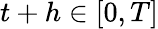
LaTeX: t+h\in[0,T]